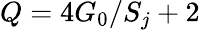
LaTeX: Q=4G_{0}/S_{j}+2